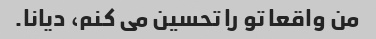
من واقعا تو را تحسین می کنم، دیانا.